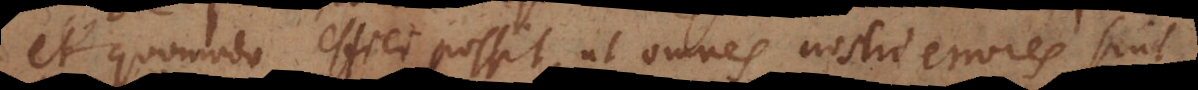
et quomodo effici possit, ut omnes nostri errores sint